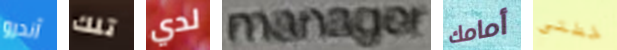
آندرو تلك لدي manager أمامك خطتى